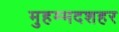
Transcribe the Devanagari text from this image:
मुहम्मदशहर